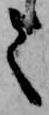
て